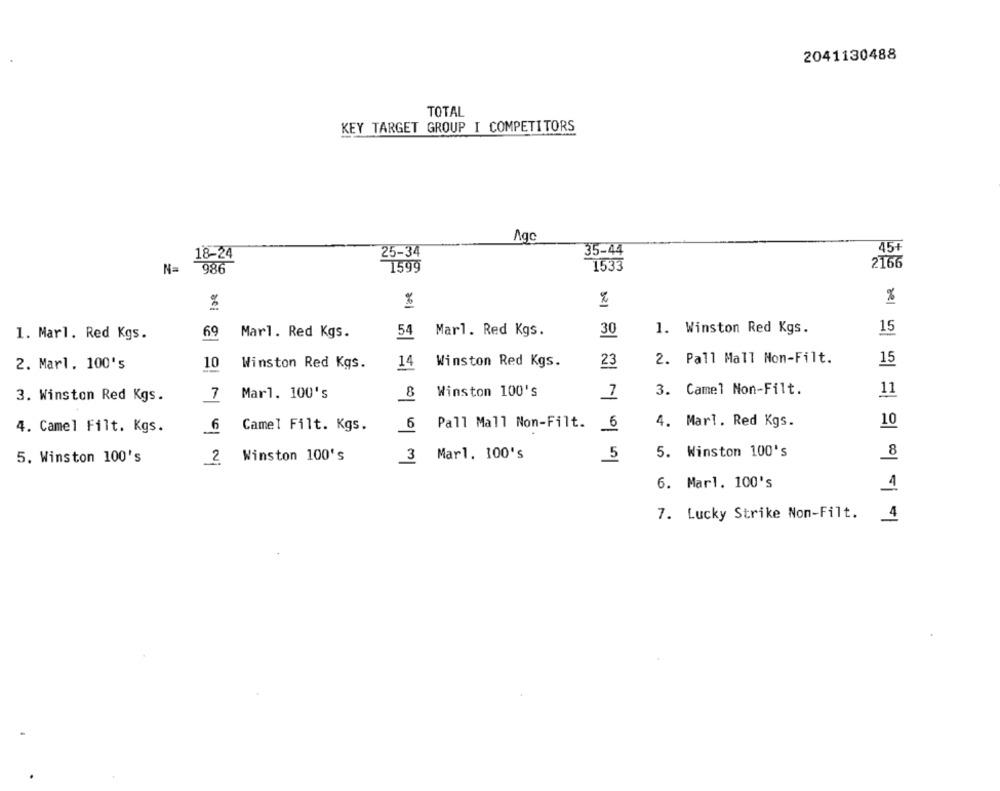
2041130488
TOTAL
KEY TARGET GROUP I COMPETITORS
Aqc
25-34
35-44
45+
18-24
N=
1599
1533
2166
986
%
%
69
54
Marl. Red Kgs.
30
1. Winston Red Kgs.
1. Marl. Red Kgs.
Marl. Red Kgs.
2. Marl. 100's
14
Winston Red Kgs.
23
2. Pall Mall Non-Filt.
15
10
Winston Red Kgs.
7
Mar1. 100's
8
Winston 100's
7
3. Camel Non-Filt.
11
3. Winston Red Kgs.
6
Camel Filt. Kgs.
6
Pall Mall Non-Filt. 6
4. Marl. Red Kgs.
10
4. Camel Filt. Kgs.
5. Winston 100's
2
Winston 100's
3
Mar1. 100's
5
5. Winston 100's
6. Marl. 100's
4
7. Lucky Strike Non-Filt.
4